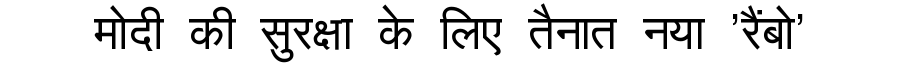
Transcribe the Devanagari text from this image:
मोदी की सुरक्षा के लिए तैनात नया 'रैंबो'